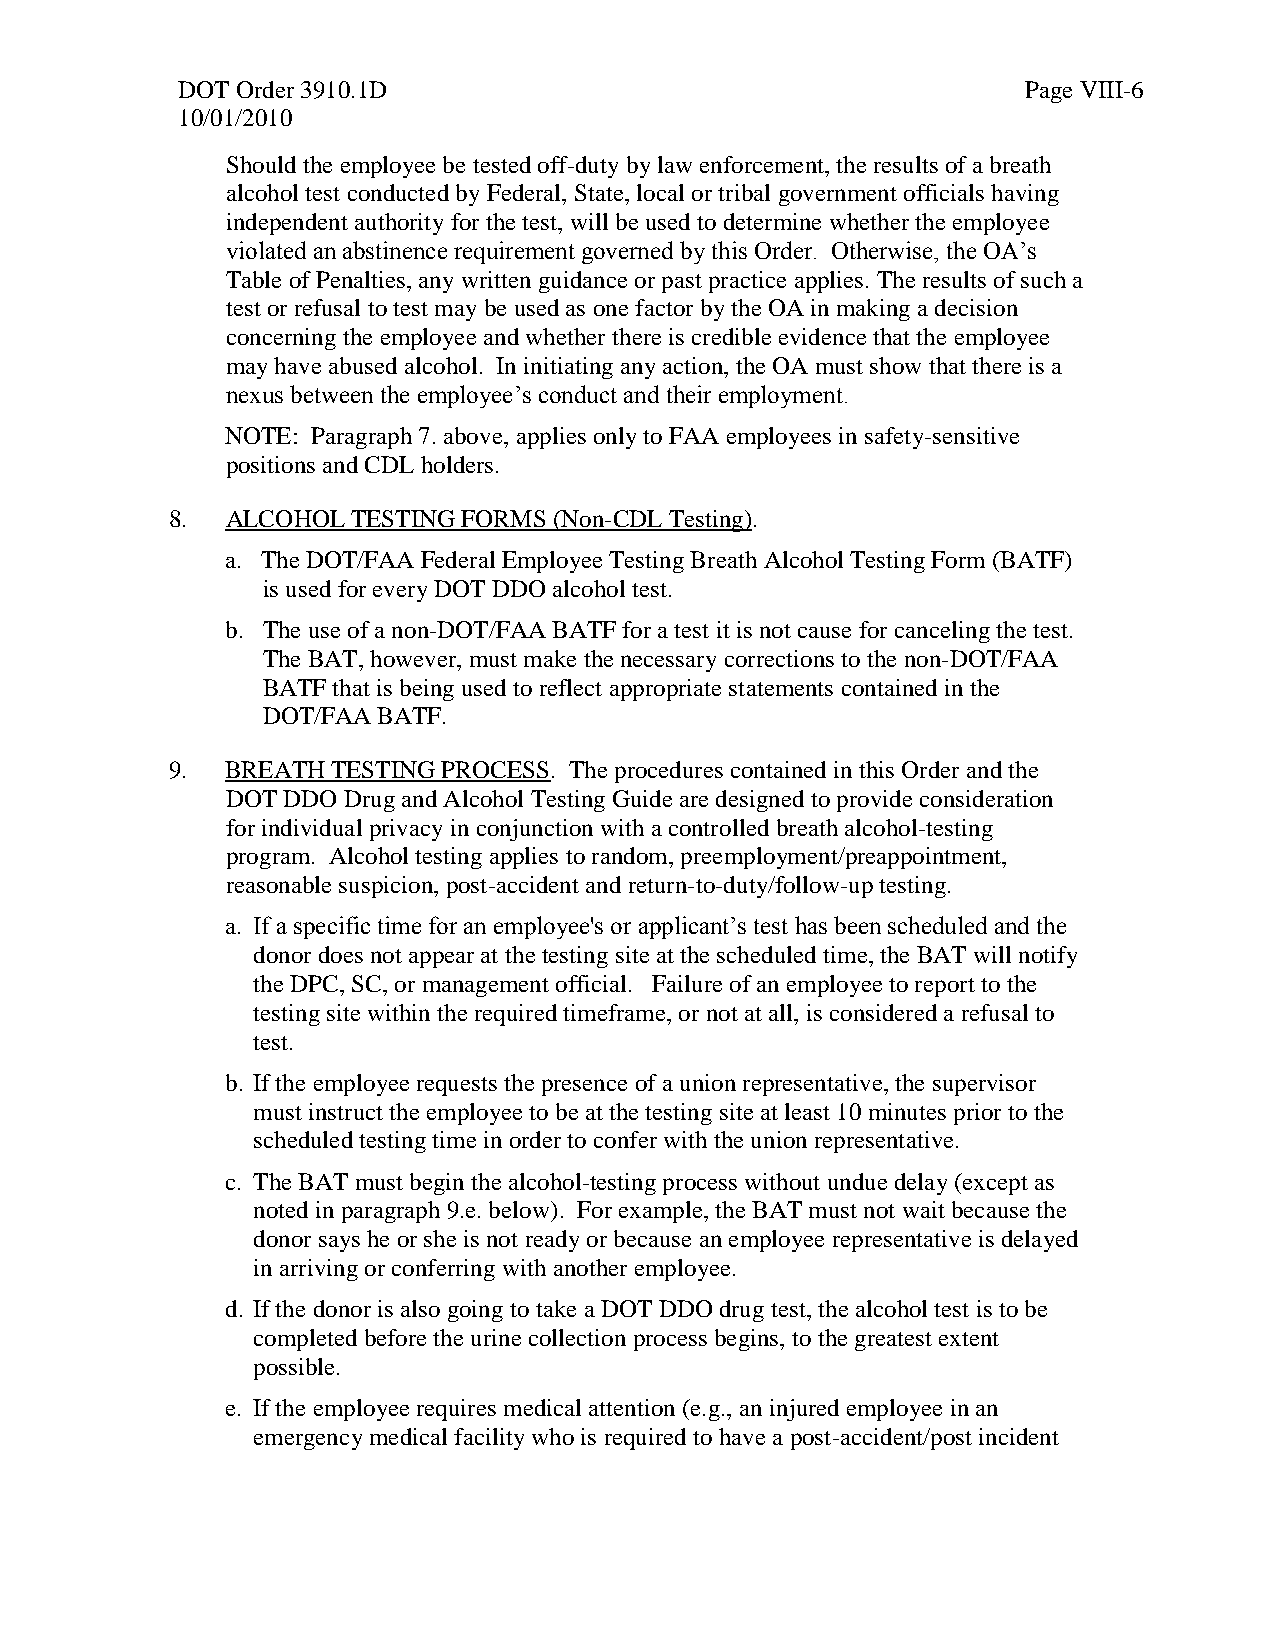
DOT Order 3910.1D                                       Page VIII-6
 10/01/2010
 Should the employee be tested off-duty by law enforcement, the results of a breath
 alcohol test conducted by Federal, State, local or tribal government officials having
 independent authority for the test, will be used to determine whether the employee
 violated an abstinence requirement governed by this Order. Otherwise, the OA’s
 Table of Penalties, any written guidance or past practice applies. The results of such a
 test or refusal to test may be used as one factor by the OA in making a decision
 concerning the employee and whether there is credible evidence that the employee
 may have abused alcohol. In initiating any action, the OA must show that there is a
 nexus between the employee’s conduct and their employment.
 NOTE: Paragraph 7. above, applies only to FAA employees in safety-sensitive
 positions and CDL holders.
 8.  ALCOHOL TESTING FORMS (Non-CDL Testing).
 a. The DOT/FAA Federal Employee Testing Breath Alcohol Testing Form (BATF)
 is used for every DOT DDO alcohol test.
 b. The use of a non-DOT/FAA BATF for a test it is not cause for canceling the test.
 The BAT, however, must make the necessary corrections to the non-DOT/FAA
 BATF that is being used to reflect appropriate statements contained in the
 DOT/FAA BATF.
 9.  BREATH TESTING PROCESS. The procedures contained in this Order and the
 DOT DDO Drug and Alcohol Testing Guide are designed to provide consideration
 for individual privacy in conjunction with a controlled breath alcohol-testing
 program. Alcohol testing applies to random, preemployment/preappointment,
 reasonable suspicion, post-accident and return-to-duty/follow-up testing.
 a. If a specific time for an employee's or applicant’s test has been scheduled and the
 donor does not appear at the testing site at the scheduled time, the BAT will notify
 the DPC, SC, or management official. Failure of an employee to report to the
 testing site within the required timeframe, or not at all, is considered a refusal to
 test.
 b. If the employee requests the presence of a union representative, the supervisor
 must instruct the employee to be at the testing site at least 10 minutes prior to the
 scheduled testing time in order to confer with the union representative.
 c. The BAT must begin the alcohol-testing process without undue delay (except as
 noted in paragraph 9.e. below). For example, the BAT must not wait because the
 donor says he or she is not ready or because an employee representative is delayed
 in arriving or conferring with another employee.
 d. If the donor is also going to take a DOT DDO drug test, the alcohol test is to be
 completed before the urine collection process begins, to the greatest extent
 possible.
 e. If the employee requires medical attention (e.g., an injured employee in an
 emergency medical facility who is required to have a post-accident/post incident